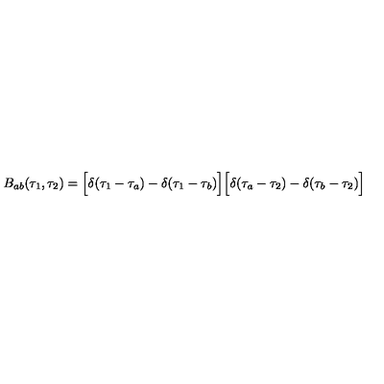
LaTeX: B _ { a b } ( \tau _ { 1 } , \tau _ { 2 } ) = \Bigl [ \delta ( \tau _ { 1 } - \tau _ { a } ) - \delta ( \tau _ { 1 } - \tau _ { b } ) \Bigr ] \Bigl [ \delta ( \tau _ { a } - \tau _ { 2 } ) - \delta ( \tau _ { b } - \tau _ { 2 } ) \Bigr ] \quad